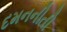
દમનનીતી